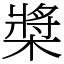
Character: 槳